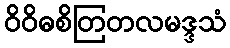
ဝိဝိဓစိတြတလမဒ္ဒသံ